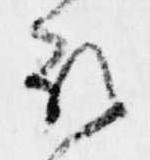
取